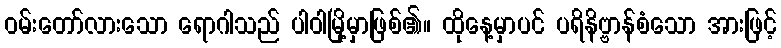
ဝမ်းတော်လားသော ရောဂါသည် ပါဝါမြို့မှာဖြစ်၏။ ထိုနေ့မှာပင် ပရိနိဗ္ဗာန်စံသော အားဖြင့်